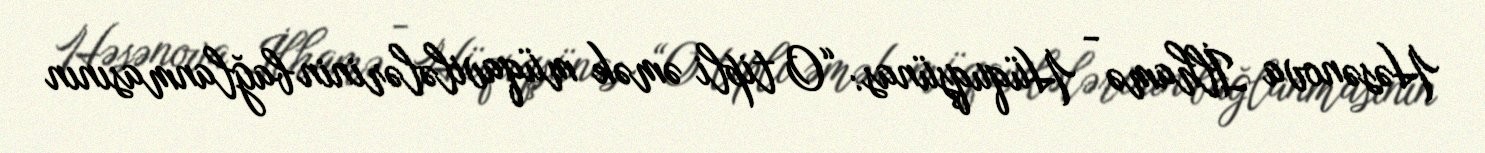
Həsənova İlhamə - Hüquqşünas: “O tipli əmək müqavilələrinin bağlanmasının